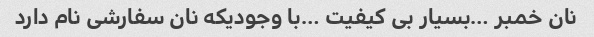
نان خمبر …بسیار بی کیفیت …با وجودیکه نان سفارشی نام دارد